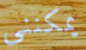
يمكنني